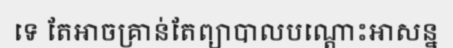
ទេ តែអាចគ្រាន់តែព្យាបាលបណ្តោះអាសន្ន